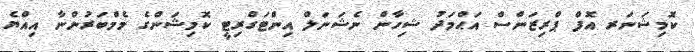
ކޮމިޝަނަރ އޮފް ޕްރިޒަންސް އަޙްމަދު ޝިހާން ނެޝަނަލް އިންޓަގްރިޓީ ކޮމިޝަންގެ މެމްބަރުންނާ އިއްޔެ